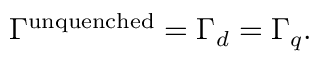
\Gamma ^ { \mathrm { u n q u e n c h e d } } = \Gamma _ { d } = \Gamma _ { q } .